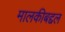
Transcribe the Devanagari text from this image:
मालकीबद्दल